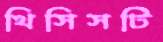
থিসিসটি